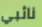
نائبي